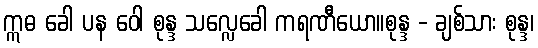
ဣဓ ခေါ ပန ဝေါ စုန္ဒ သလ္လေခေါ ကရဏီယော။စုန္ဒ - ချစ်သား စုန္ဒ၊